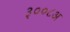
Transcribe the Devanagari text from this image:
३००८अ